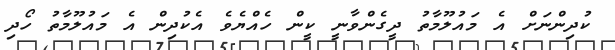
ކުދިންނަށް އެ މައުލޫމާތު ދީގެންވާނީ ކީން ހެއްޔެވެ އެކުދިން އެ މައުލޫމާތު ހޯދި